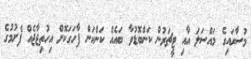
މުސާރައިގެ މައްސަލަ އާއި ޓީޗަރުން ކަންބޮޑުވާ ބައެއް ކަންކަން ފާހަގަކޮށް އިހުތިޖާޖެއް ފެށުމުގެ